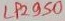
Text: LP2950